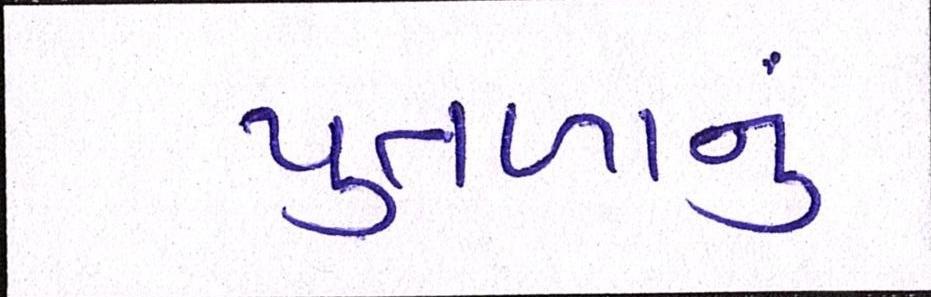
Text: પુતળાનું